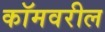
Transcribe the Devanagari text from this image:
कॉमवरील